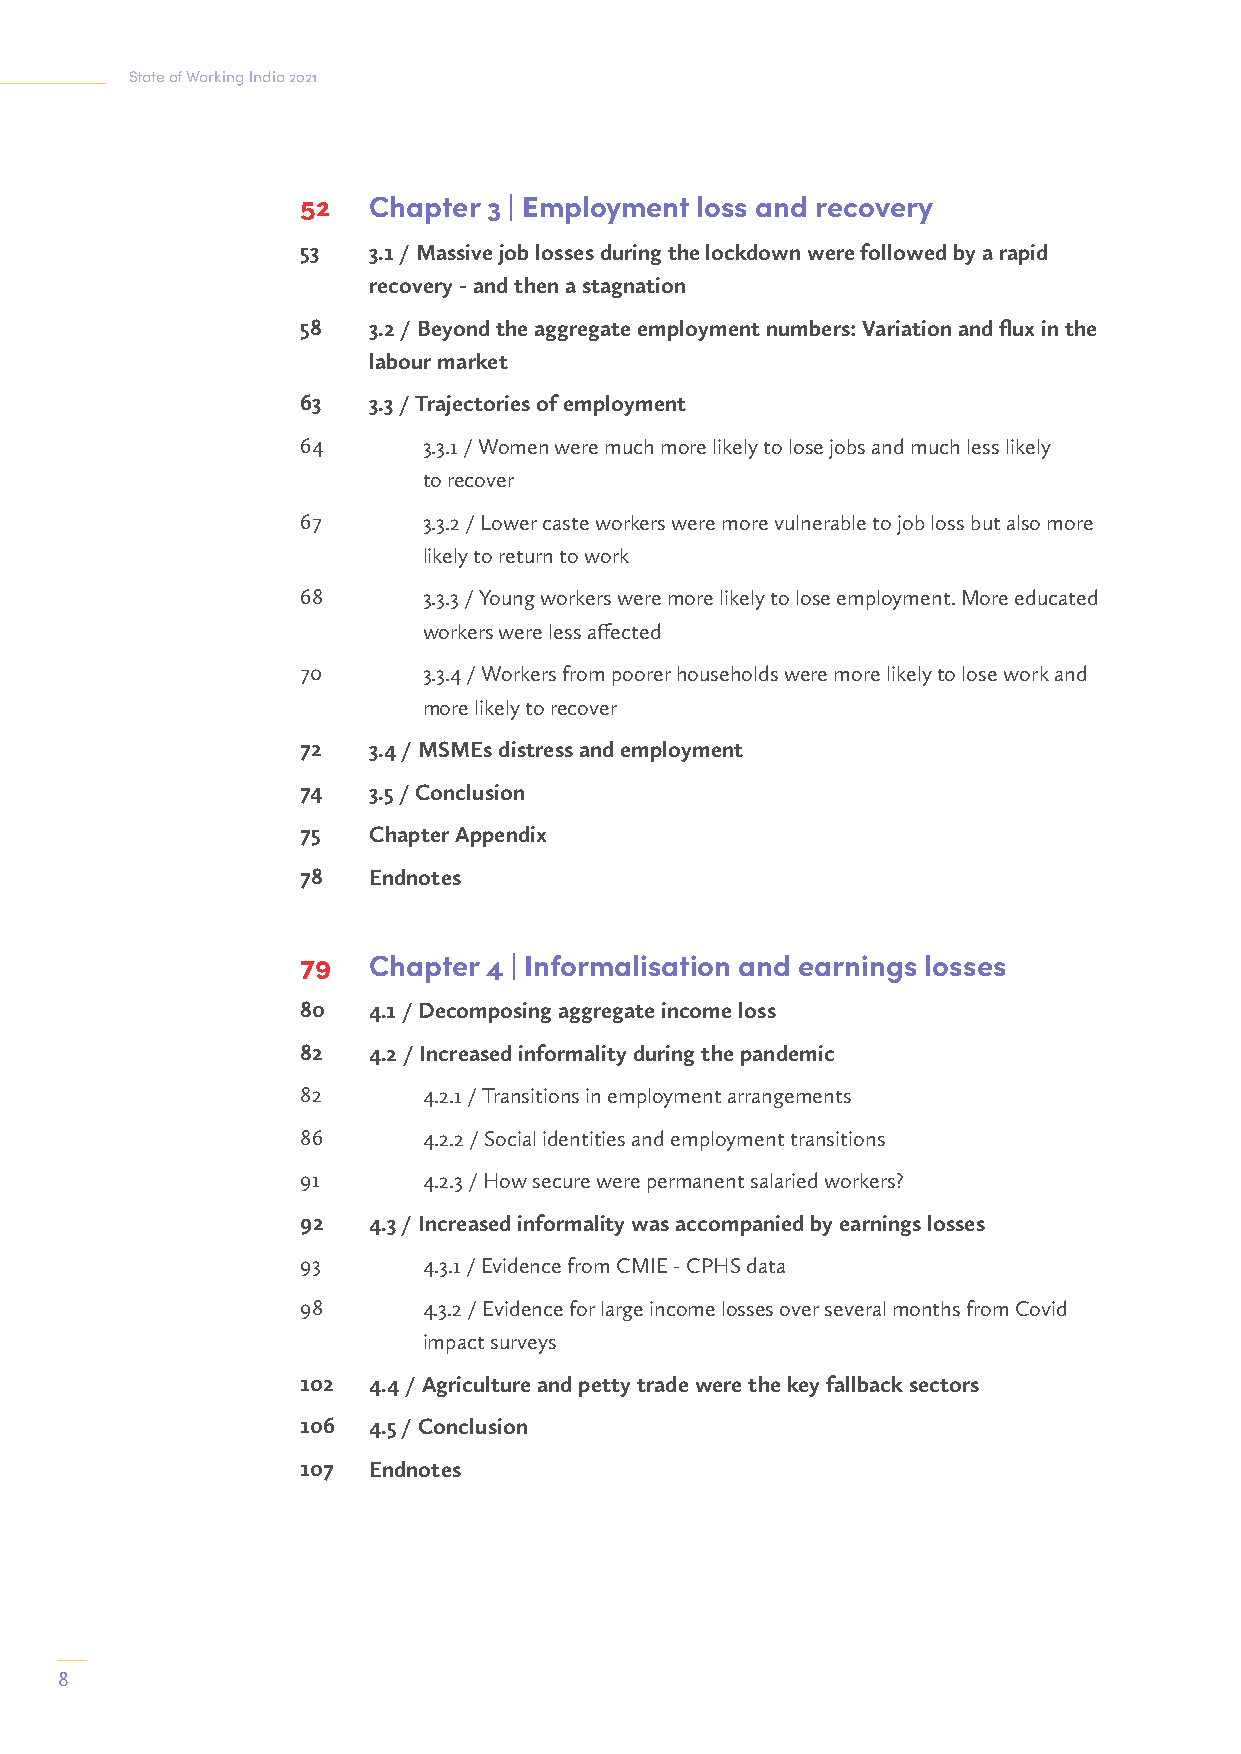
State of Working India 2021
 52  Chapter 3 | Employment loss and recovery
 53  3.1 / Massive job losses during the lockdown were followed by a rapid
 recovery - and then a stagnation
 58  3.2 / Beyond the aggregate employment numbers: Variation and flux in the
 labour market
 63  3.3 / Trajectories of employment
 64      3.3.1 / Women were much more likely to lose jobs and much less likely
 to recover
 67      3.3.2 / Lower caste workers were more vulnerable to job loss but also more
 likely to return to work
 68      3.3.3 / Young workers were more likely to lose employment. More educated
 workers were less affected
 70      3.3.4 / Workers from poorer households were more likely to lose work and
 more likely to recover
 72  3.4 / MSMEs distress and employment
 74  3.5 / Conclusion
 75  Chapter Appendix
 78  Endnotes
 79  Chapter 4 | Informalisation and earnings losses
 80  4.1 / Decomposing aggregate income loss
 82  4.2 / Increased informality during the pandemic
 82      4.2.1 / Transitions in employment arrangements
 86      4.2.2 / Social identities and employment transitions
 91      4.2.3 / How secure were permanent salaried workers?
 92  4.3 / Increased informality was accompanied by earnings losses
 93      4.3.1 / Evidence from CMIE - CPHS data
 98      4.3.2 / Evidence for large income losses over several months from Covid
 impact surveys
 102 4.4 / Agriculture and petty trade were the key fallback sectors
 106 4.5 / Conclusion
 107 Endnotes
 8